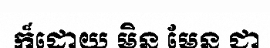
ក៏ដោយ មិន មែន ជា